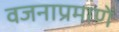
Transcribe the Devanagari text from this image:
वजनाप्रमाणें